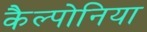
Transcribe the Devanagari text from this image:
कैल्पोनिया